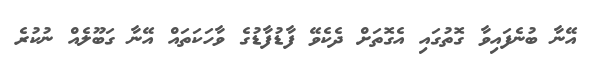
އޭނާ ބުނެފައިވާ ގޮތުގައި އެގޮތަށް ދެކެވޭ ފާޑުފާޑުގެ ވާހަކަތައް އޭނާ ގަބޫލެއް ނުކުރެ